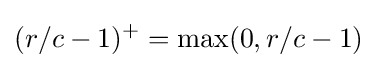
(r/c-1)^{+}=\max(0,r/c-1)